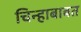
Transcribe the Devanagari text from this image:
चिन्हाबाबत